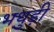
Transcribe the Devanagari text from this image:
भथुड़ी